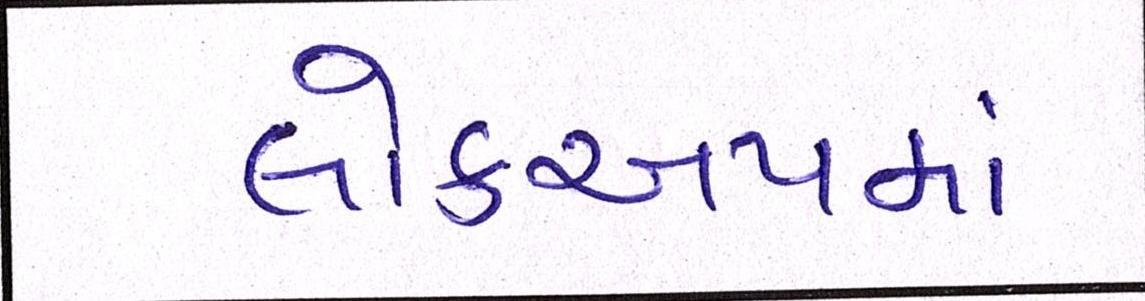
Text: લોકઅપમાં